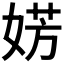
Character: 𪦀